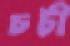
চটী